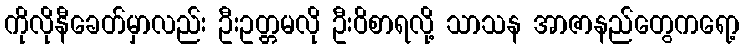
ကိုလိုနီခေတ်မှာလည်း ဦးဥတ္တမလို ဦးဝိစာရလို့ သာသန အာဇာနည်တွေကရော့